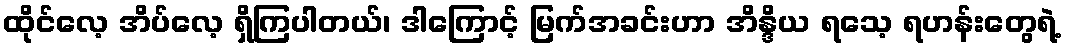
ထိုင်လေ့ အိပ်လေ့ ရှိကြပါတယ်၊ ဒါကြောင့် မြက်အခင်းဟာ အိန္ဒိယ ရသေ့ ရဟန်းတွေရဲ့